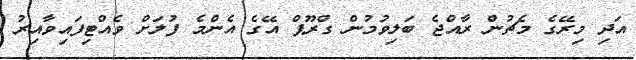
އަދި މިރޭގެ މެޗުން ރާއްޖެ ބަލިވުމުން ގްރޫޕް އޭގެ އެންމެ ފުލަށް ވެއްޓިފައިވާއިރު